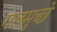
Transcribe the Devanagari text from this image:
गलमुच्छे